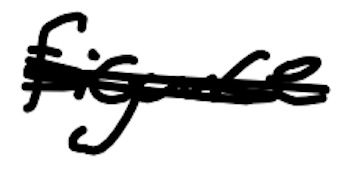
Text: Figure
Cross-out: scratch
Writing tool: digital_black